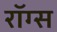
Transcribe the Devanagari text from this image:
रॉग्स